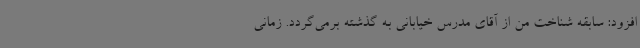
افزود: سابقه شناخت من از آقای مدرس خیابانی به گذشته برمی‌گردد. زمانی